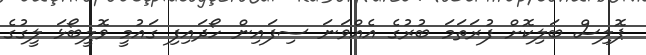
ޕޮލިސް ބަލިކޮށް ފުރަތަމަ ބުރުގެ އެއްވަނަ ސިފައިން ހޯދައިފި ގައުމީ ވޮލީބޯޅަ ލީގުގެ